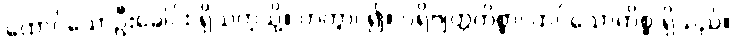
ထောင်သောဦးခေါင်း ရှိသကဲ့သို့။ ဟုတွာ၊ ၍။ ပရိဗျတ္တကိစ္စာ၊ ထင်သောကိစ္စ ရှိသည်။